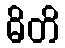
ဓိတိ